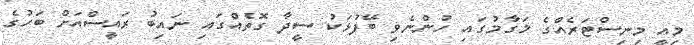
މިއީ މިނިސްޓަރެއްގެ މަގާމުގައި ހުންނެވި ބޭފުޅަކު ސީދާ ގޮތެއްގައި ނައިބު ރައީސްއަށް ބަހުގެ